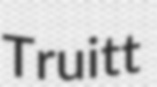
Truitt